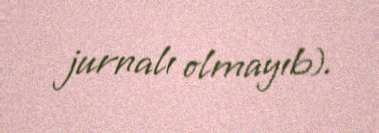
jurnalı olmayıb).